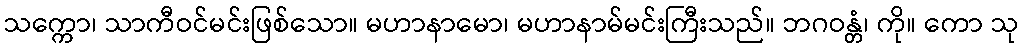
သက္ကော၊ သာကီဝင်မင်းဖြစ်သော။ မဟာနာမော၊ မဟာနာမ်မင်းကြီးသည်။ ဘဂဝန္တံ၊ ကို။ ကော သု